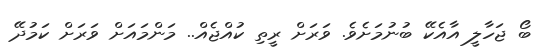
ބޯ ޖަހާލީ އާއެކޭ ބުނުމަށެވެ. ވަރަށް ރީތި ކުއްޖެއް.. މަންމައަށް ވަރަށް ކަމުދޭ